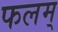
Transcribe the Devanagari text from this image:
फलम्